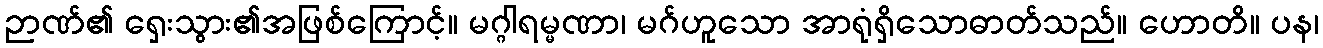
ဉာဏ်၏ ရှေးသွား၏အဖြစ်ကြောင့်။ မဂ္ဂါရမ္မဏာ၊ မဂ်ဟူသော အာရုံရှိသောဓာတ်သည်။ ဟောတိ။ ပန၊